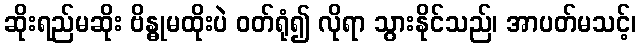
ဆိုးရည်မဆိုး ဗိန္ဓုမထိုးပဲ ဝတ်ရုံ၍ လိုရာ သွားနိုင်သည်၊ အာပတ်မသင့်၊